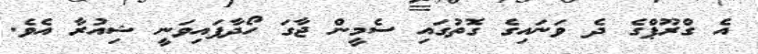
އެ ގްރޫޕްގެ ދެ ވަނައިގެ ގޮތުގައި ސެމީން ޖާގަ ހޯދާފައިވަނީ ޝިއުރާ އެވެ.